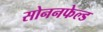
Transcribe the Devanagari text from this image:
सोननफेल्ड